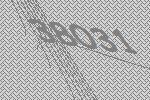
38031